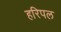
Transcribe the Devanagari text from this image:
हरिपल